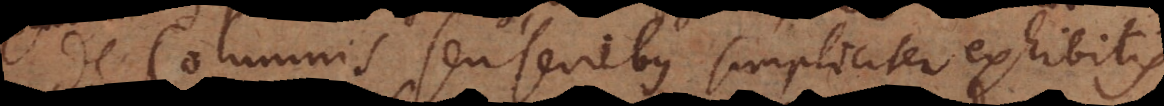
Columnis seu seriebus simpliciter exhibitis.